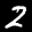
Label: 2